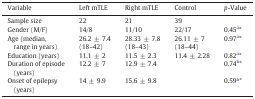
<table><thead><tr><td><b>Variable</b></td><td><b>Left mTLE</b></td><td><b>Right mTLE</b></td><td><b>Control</b></td><td><b><i>p</i>-Value</b></td></tr></thead><tbody><tr><td>Sample size</td><td>22</td><td>21</td><td>39</td><td></td></tr><tr><td>Gender (M/F)</td><td>14/8</td><td>11/10</td><td>22/17</td><td>0.45a*</td></tr><tr><td>Age (median, range in years)</td><td>26.2 ± 7.4 (18–42)</td><td>28.33 ± 7.8 (18–43)</td><td>26.11 ± 7 (18–44)</td><td>0.97a*</td></tr><tr><td>Education (years)</td><td>11.1 ± 2</td><td>11.5 ± 2.3</td><td>11.4 ± 2.28</td><td>0.82a*</td></tr><tr><td>Duration of episode (years)</td><td>12.2 ± 7</td><td>12.9 ± 7.4</td><td></td><td>0.74b*</td></tr><tr><td>Onset of epilepsy (years)</td><td>14 ± 9.9</td><td>15.6 ± 9.8</td><td></td><td>0.59b*</td></tr></tbody></table>